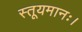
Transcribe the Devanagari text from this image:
स्तूयमानः।